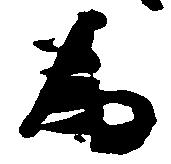
為